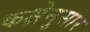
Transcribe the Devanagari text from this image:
कक्षेनुसार